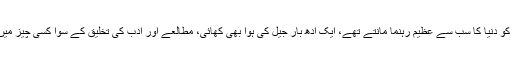
گاندھی جی کو دنیا کا سب سے عظیم رہنما مانتے تھے، ایک آدھ بار جیل کی ہوا بھی کھائی، مطالعے اور ادب کی تخلیق کے سوا کسی چیز میں جی نہ لگا۔